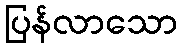
ပြန်လာသော